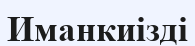
Иманкиізді